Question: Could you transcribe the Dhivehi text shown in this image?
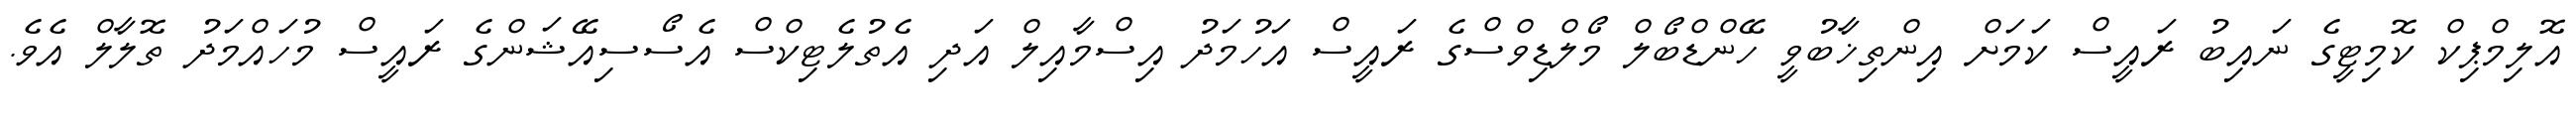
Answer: އޮލިމްޕިކް ކޮމިޓީގެ ނައިބު ރައީސް ކަމަށް އިންތިޚާބުވީ ހޭންޑްބޯލް މޯލްޑިވްސްގެ ރައީސް އަހުމަދު އިސްމާއިލް އަދި އެތުލެޓިކްސް އެސޯސިއޭޝަންގެ ރައީސް މުހައްމަދު ތޮލާލް އެވެ.